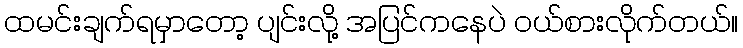
ထမင်းချက်ရမှာတော့ ပျင်းလို့ အပြင်ကနေပဲ ဝယ်စားလိုက်တယ်။